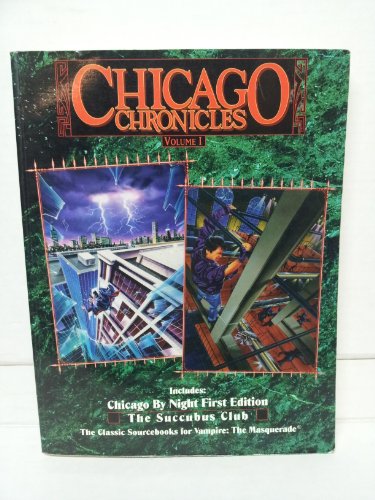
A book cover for *OP Chicago Chronicles 1 (Vampire: The Masquerade Novels) (v. 1); Steve Crow; Science Fiction & Fantasy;